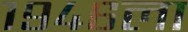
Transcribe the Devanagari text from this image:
१९४६ला